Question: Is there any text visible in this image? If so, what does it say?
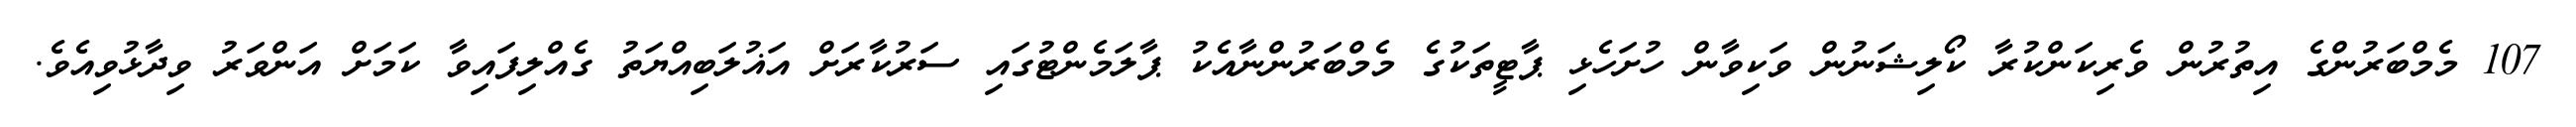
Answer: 107 މެމްބަރުންގެ އިތުރުން ވެރިކަންކުރާ ކޯލިޝަނުން ވަކިވާން ހުށަހެޅި ޕާޓީތަކުގެ މެމްބަރުންނާއެކު ޕާލަމެންޓުގައި ސަރުކާރަށް އަޣުލަބިއްޔަތު ގެއްލިފައިވާ ކަމަށް އަންވަރު ވިދާޅުވިއެވެ.